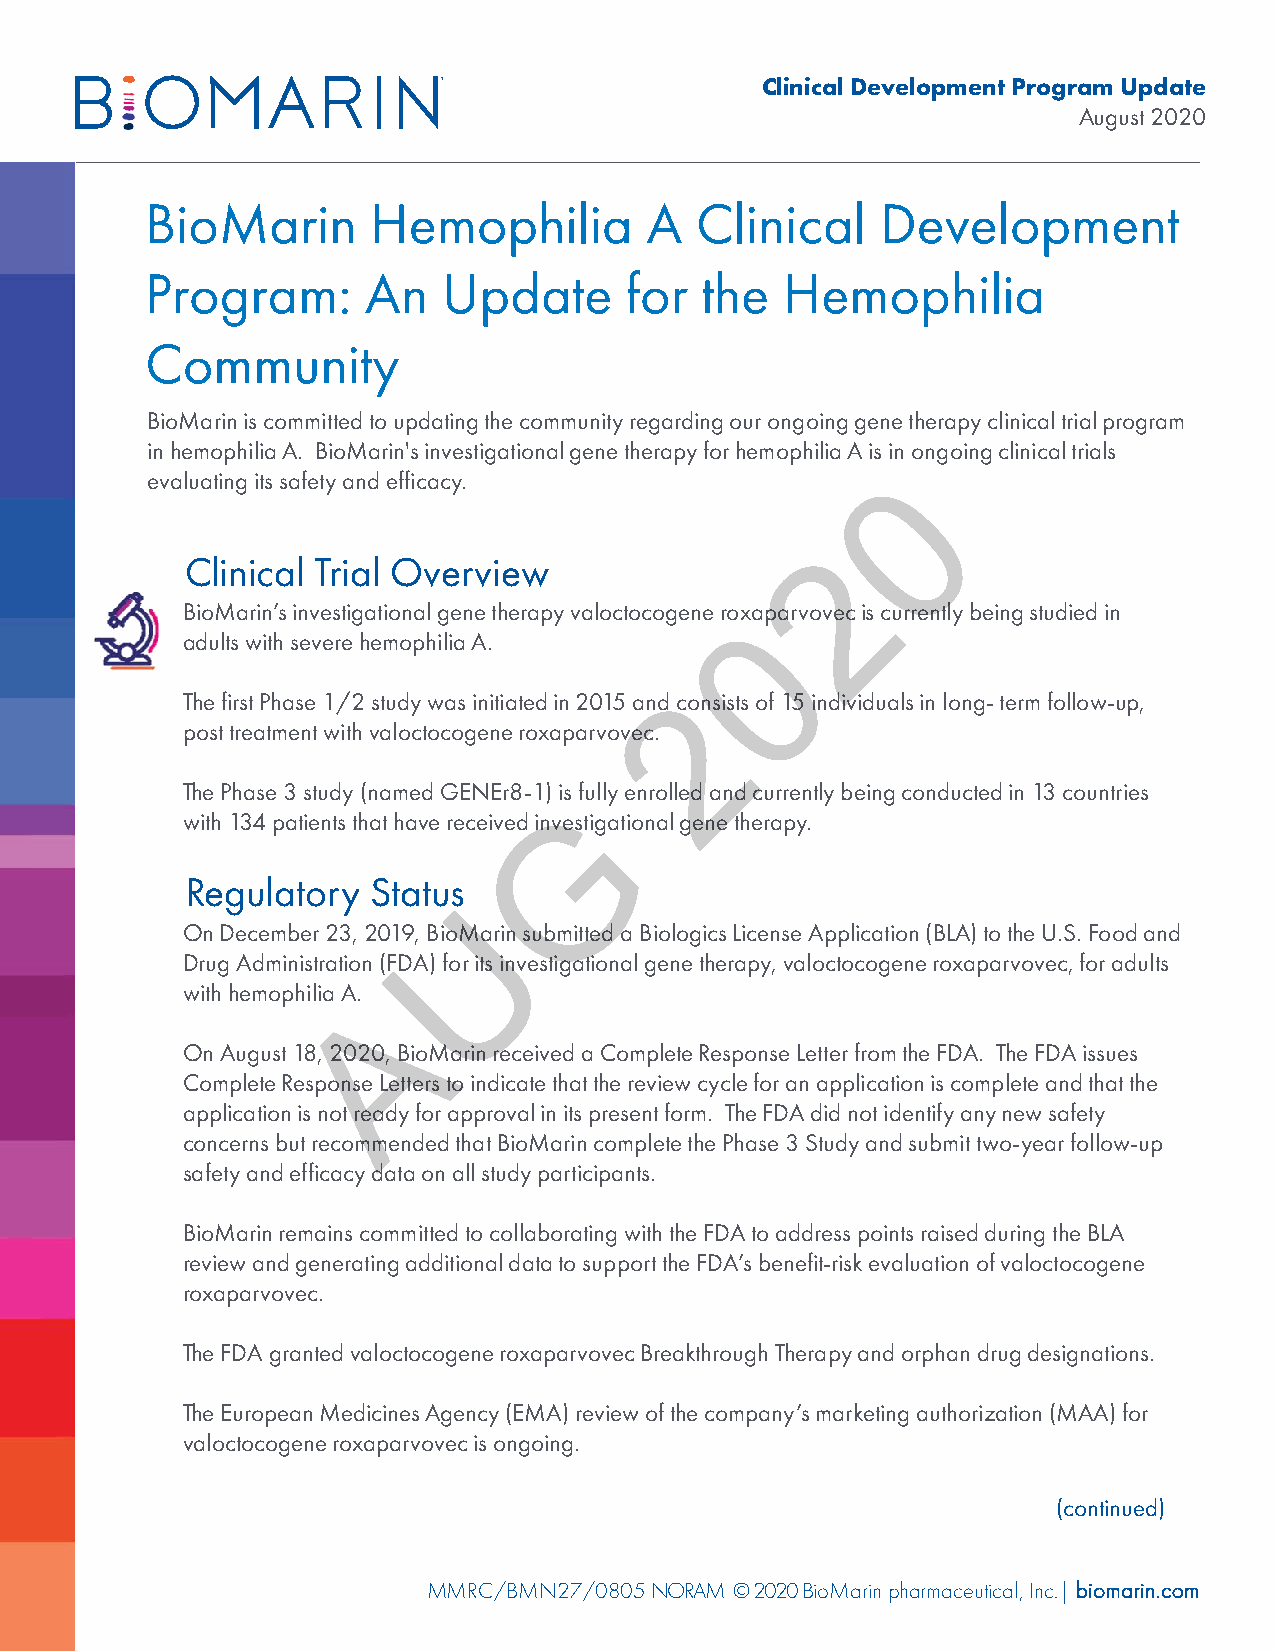
Clinical Development Program Update
 August 2020
 BioMarin       Hemophilia        A  Clinical    Development
 Program:      An   Update      for  the   Hemophilia
 Community
 BioMarin is committed to updating the community regarding our ongoing gene therapy clinical trial program
 in hemophilia A. BioMarin's investigational gene therapy for hemophilia A is in ongoing clinical trials
 0
 evaluating its safety and efficacy.
 2
 Clinical Trial Overview
 BioMarin’s investigational gene therapy valoctocogenero0xaparvovecis currently being studied in
 adults with severe hemophilia A.
 2
 The first Phase 1/2 study was initiated in 2015 and consists of 15 individuals in long-term follow-up,
 post treatment with valoctocogeneroxaparvovec.
 The Phase 3 study (named GENEr8-1) is fully enrolled and currently being conducted in 13 countries
 G
 with 134 patients that have received investigational gene therapy.
 Regulatory  Status
 U
 On December 23, 2019, BioMarin submitted a Biologics License Application (BLA) to the U.S. Food and
 Drug Administration (FDA) for its investigational gene therapy, valoctocogeneroxaparvovec, for adults
 with hemophilia A.A
 On August 18, 2020, BioMarin received a Complete Response Letter from the FDA. The FDA issues
 Complete Response Letters to indicate that the review cycle for an application is complete and that the
 application is not ready for approval in its present form. The FDA did not identify any new safety
 concerns but recommended that BioMarin complete the Phase 3 Study and submit two-year follow-up
 safety and efficacy data on all study participants.
 BioMarin remains committed to collaborating with the FDA to address points raised during the BLA
 review and generating additional data to support the FDA’s benefit-risk evaluation of valoctocogene
 roxaparvovec.
 The FDA granted valoctocogeneroxaparvovecBreakthrough Therapy and orphan drug designations.
 The European Medicines Agency (EMA) review of the company’s marketing authorization (MAA) for
 valoctocogeneroxaparvovecis ongoing.
 (continued)
 MMRC/BMN27/0805NORAM ©2020BioMarin pharmaceutical, Inc.| biomarin.com